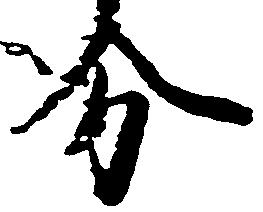
分